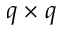
q \times q